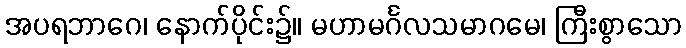
အပရဘာဂေ၊ နောက်ပိုင်း၌။ မဟာမင်္ဂလသမာဂမေ၊ ကြီးစွာသော